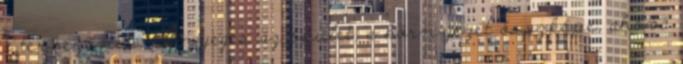
a tervezõnek. Lényeges az épület, a környezet összképe, ahová